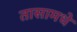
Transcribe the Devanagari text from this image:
तासामधे